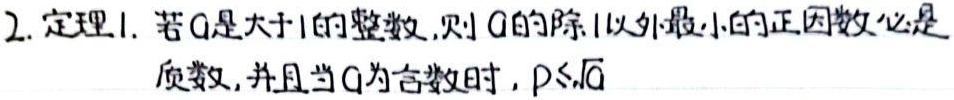
2. 定理1. 若\(a\)是大于1的整数，则\(a\)的除1以外最小的正因数必是质数，并且当\(a\)为合数时，\(p\leqslant\sqrt{a}\)